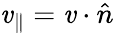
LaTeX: \mathit{v}_{\parallel}={{\mathbf{\mathit{v}}}\cdot\hat{{n}}}